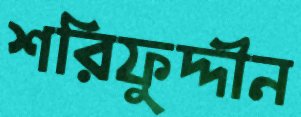
শরিফুদ্দীন